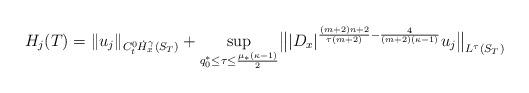
LaTeX: \begin{align*} H_j(T)= \|u_j\|_{C_t^0\dot{H}_x^\gamma(S_T)} + \sup_{q_0^\ast \le \tau \le \frac{\mu_\ast\left(\kappa-1\right)} 2} \bigl\| |D_x|^{\frac {(m+2)n+2} {\tau(m+2)} -\frac 4 {(m+2)(\kappa-1)} } u_j\bigr\|_{L^\tau(S_T)}\end{align*}